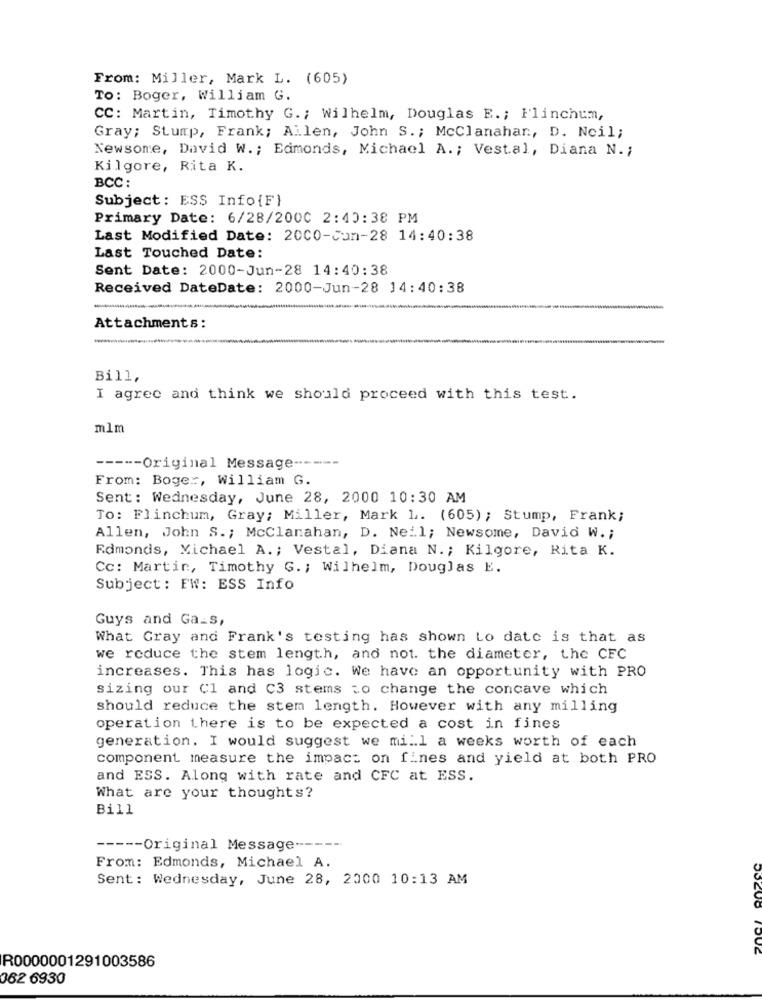
From: Miller, Mark L. (605)
TO: Boger, William G.
CC: Martin, Timothy G .; Wilhelm, Douglas E .; Flinchum,
Gray; Stump, Frank; Allen, John S .; McClanahar ., D. Neil;
Newsome, David W .; Edmonds, Michael A .; Vestal, Diana N .;
Kilgore, Rita K.
BCC:
Subject: ESS Info{F}
Primary Date: 6/28/2000 2:40:38 PM
Last Modified Date: 2000-Cun-28 14:40:38
Last Touched Date:
Sent Date: 2000-Jun-28 14:40:38
Received DateDate: 2000-Jun-28 14:40:38
----
Attachments:
Bill,
I agree and think we should proceed with this test.
mlm
----- Original Message ------
From: Boger, William G.
Sent: Wednesday, June 28, 2000 10:30 AM
To: Flinchum, Gray; Miller, Mark L. (605); Stump, Frank;
Allen, John S .; Mcclanahan, D. Nei1; Newsome, David W .;
Edmonds, Michael A .; Vestal, Diana N .; Kilgore, Rita K.
Cc: Martin, Timothy G. ; Wilhelm, Douglas E.
Subject: FW: ESS Info
Guys and Ga_s,
What Gray and Frank's testing has shown to date is that as
we reduce the stem length, and not. the diameter, the CFC
increases. This has logic. We have an opportunity with PRO
sizing our Cl and C3 stems to change the concave which
should reduce the stem length. However with any milling
operation there is to be expected a cost in fines
generation. I would suggest we mill a weeks worth of each
component measure the impact on fines and yield at both PRO
and ESS. Along with rate and CFC at ESS.
What are your thoughts?
Bill
----- Original Message ------
From: Edmonds, Michael A.
Sent: Wednesday, June 28, 2000 10:13 AM
R0000001291003586
362 6930